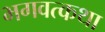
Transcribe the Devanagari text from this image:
भगवत्कथा